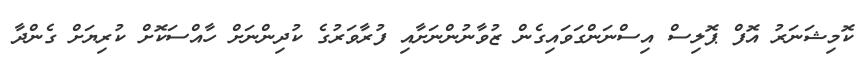
ކޮމިޝަނަރު އޮފް ޕޮލިސް އިސްނަންގަވައިގެން ޒުވާނުންނަށާއި ފުރާވަރުގެ ކުދިންނަށް ހާއްސަކޮށް ކުރިޔަށް ގެންދާ